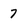
Character: 7